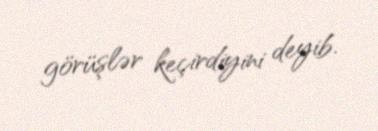
görüşlər keçirdiyini deyib.